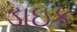
ડાઇક